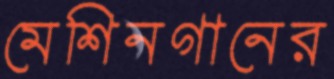
মেশিনগানের